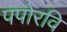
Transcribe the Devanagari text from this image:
पपोरवि